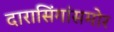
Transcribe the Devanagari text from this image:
दारासिंगांसमोर